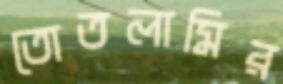
তোতলামির